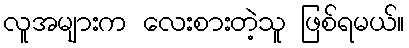
လူအများက လေးစားတဲ့သူ ဖြစ်ရမယ်။